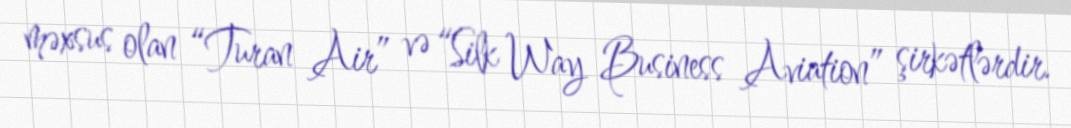
məxsus olan “Turan Air” və “Silk Way Business Aviation” şirkətlərdir.